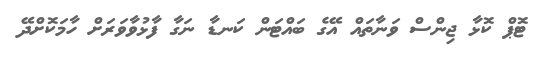
ޓޮޕް ކޮޅާ ޖިންސް ވަނާތައް އޭގެ ބައްޓަން ކަނޑާ ނަގާ ފާޅުވާވަރަށް ހާމަކޮށްދޭ